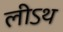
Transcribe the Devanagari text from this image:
लीऽथ